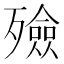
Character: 殮